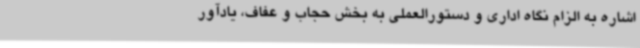
اشاره به الزام نگاه اداری و دستورالعملی به بخش حجاب و عفاف، یادآور